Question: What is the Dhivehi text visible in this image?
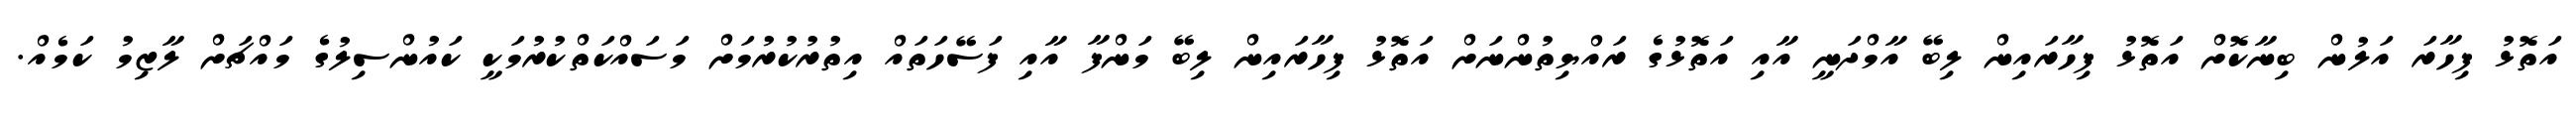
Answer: އަތޮޅު ފިހާރަ އަލުން ބިނާކޮށް އަތޮޅު ފިހާރައިން ލިބޭ އާމްދަނީ އާއި އަތޮޅުގެ ރައްޔިތުންނަށް އަތޮޅު ފިހާރައިން ލިބޭ މަންފާ އާއި ފަސޭހަތައް އިތުރުކުރުމަށް މަސައްކަތްކުރުމަކީ ކައުންސިލުގެ މައްޗަށް ލާޒިމު ކަމެއް.